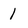
Character: 1